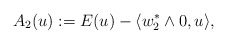
\begin{align*}A_2(u): =E(u)-\langle w_2^*\land 0, u\rangle,\end{align*}